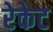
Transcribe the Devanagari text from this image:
रेकेट